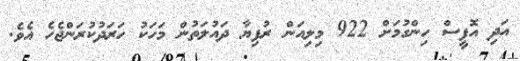
އަދި އޮފީސް ހިންގުމަށް 922 މިލިއަން ރުފިޔާ ދައުލަތުން މަހަކު ހަރަދުކުރަންޖެހެ އެވެ.